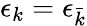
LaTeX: \epsilon_{k}=\epsilon_{\bar{k}}